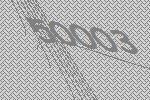
50003